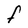
Character: F